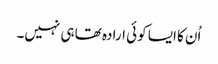
اُن کا ایسا کوئی ارادہ تھا ہی نہیں۔